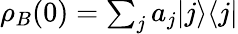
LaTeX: \textstyle\rho_{B}(0)=\sum_{j}a_{j}|j\rangle\langle j|